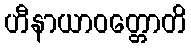
ဟီနာယာဝတ္တောတိ